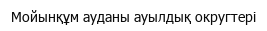
Мойынқұм ауданы ауылдық округтері